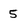
Character: 5